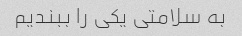
به سلامتی یکی را ببندیم